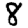
Digit: 8